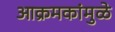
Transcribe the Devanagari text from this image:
आक्रमकांमुळे